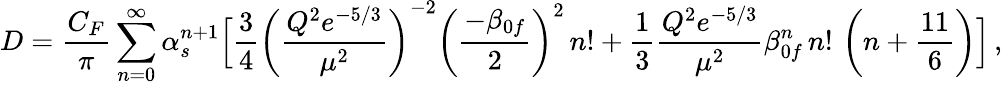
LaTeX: D=\frac{C_{F}}{\pi}\sum_{n=0}^{\infty}\alpha_{s}^{n+1}\Big[\frac{3}{4}\left(\frac{Q^{2}e^{-5/3}}{\mu^{2}}\right)^{-2}\left(\frac{-\beta_{0f}}{2}\right)^{2}\, n!+\frac{1}{3}\frac{Q^{2}e^{-5/3}}{\mu^{2}}\beta_{0f}^{n}\, n!\, \left(n+\frac{11}{6}\right)\Big]\, ,